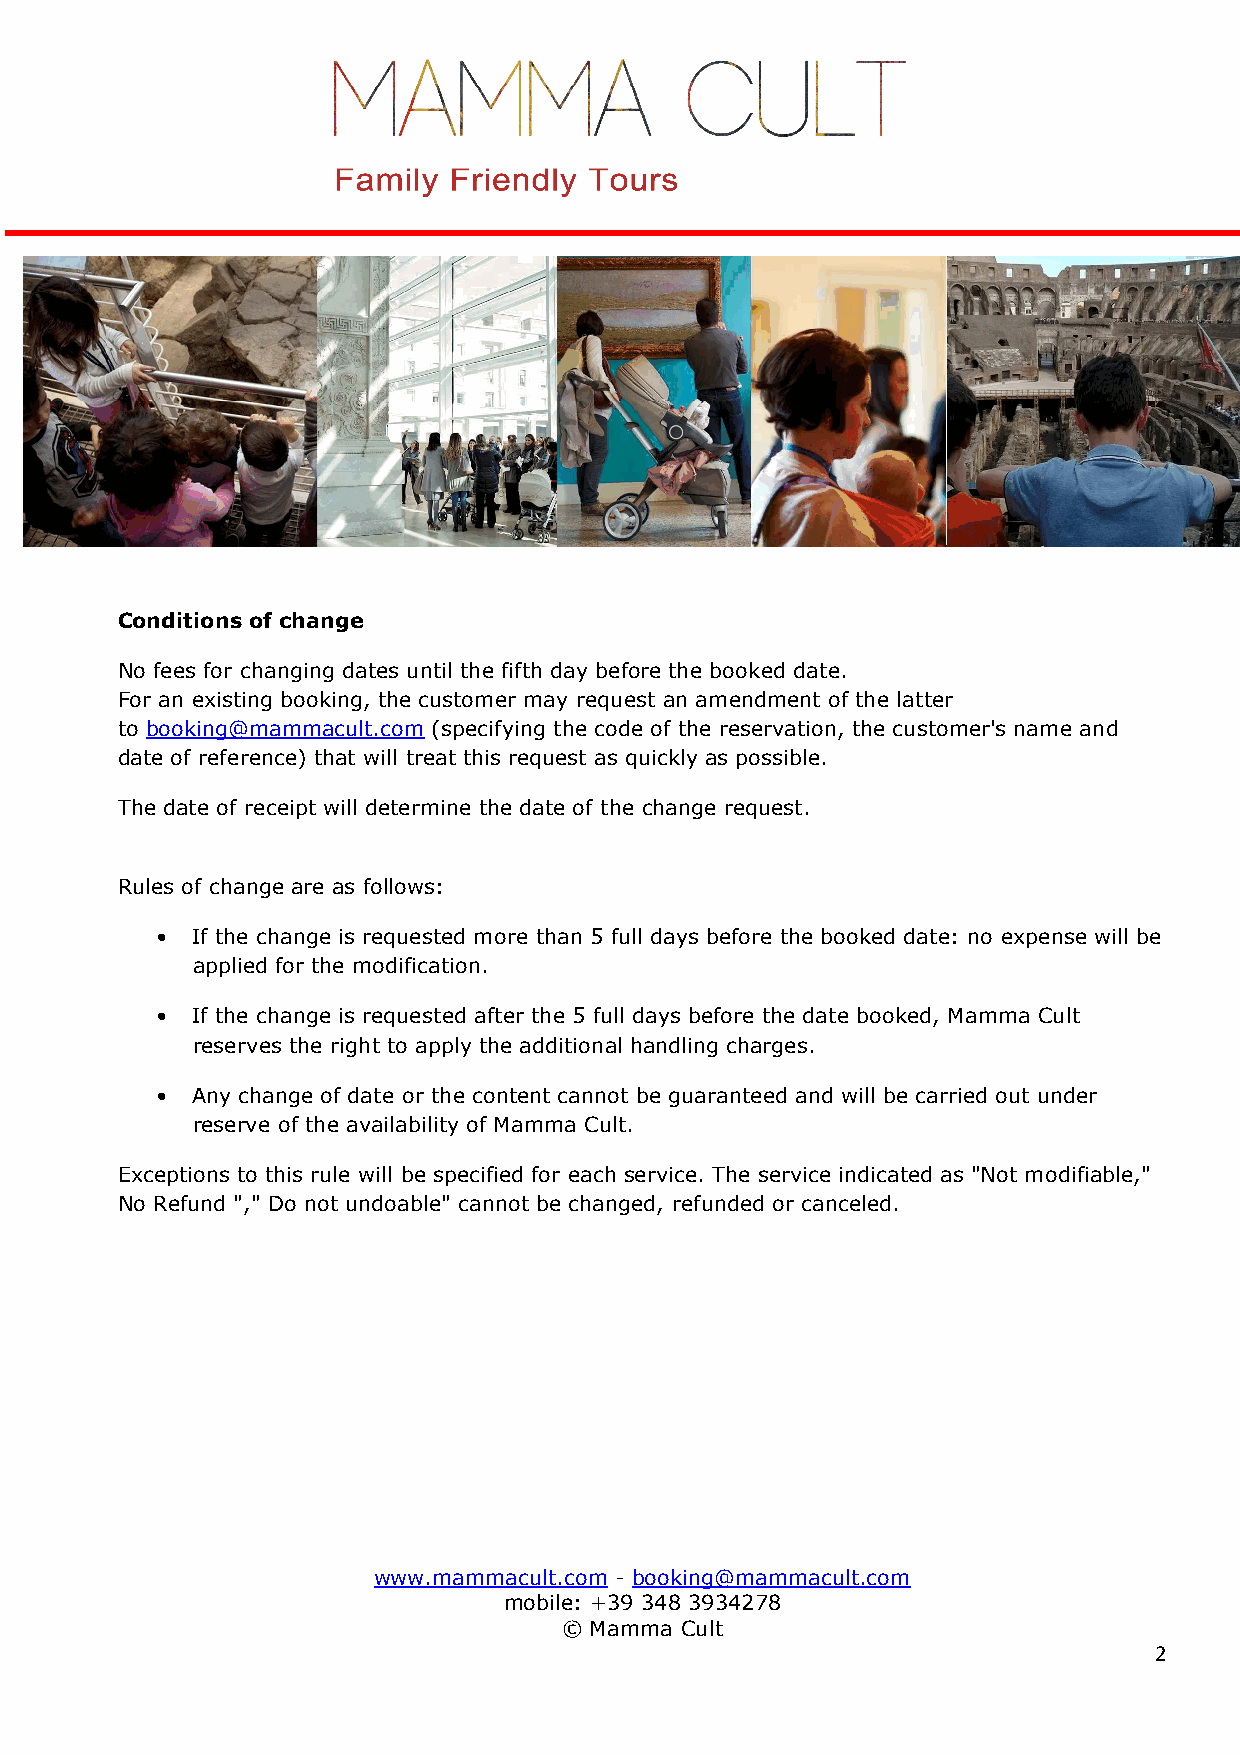
Conditions of change
 No fees for changing dates until the fifth day before the booked date.
 For an existing booking, the customer may request an amendment of the latter
 to booking@mammacult.com (specifying the code of the reservation, the customer's name and
 date of reference) that will treat this request as quickly as possible.
 The date of receipt will determine the date of the change request.
 Rules of change are as follows:
 •  If the change is requested more than 5 full days before the booked date: no expense will be
 applied for the modification.
 •  If the change is requested after the 5 full days before the date booked, Mamma Cult
 reserves the right to apply the additional handling charges.
 •  Any change of date or the content cannot be guaranteed and will be carried out under
 reserve of the availability of Mamma Cult.
 Exceptions to this rule will be specified for each service. The service indicated as "Not modifiable,"
 No Refund "," Do not undoable" cannot be changed, refunded or canceled.
 www.mammacult.com - booking@mammacult.com
 mobile: +39 348 3934278
 © Mamma Cult
 2